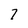
Character: 7